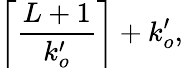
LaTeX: \left\lceil\frac{L+1}{k_{o}^{\prime}}\right\rceil+k_{o}^{\prime},